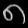
Digit: ၈